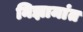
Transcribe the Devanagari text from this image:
निझामांत